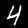
Digit: 4